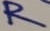
Text: R